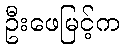
ဦးဖေမြင့်က